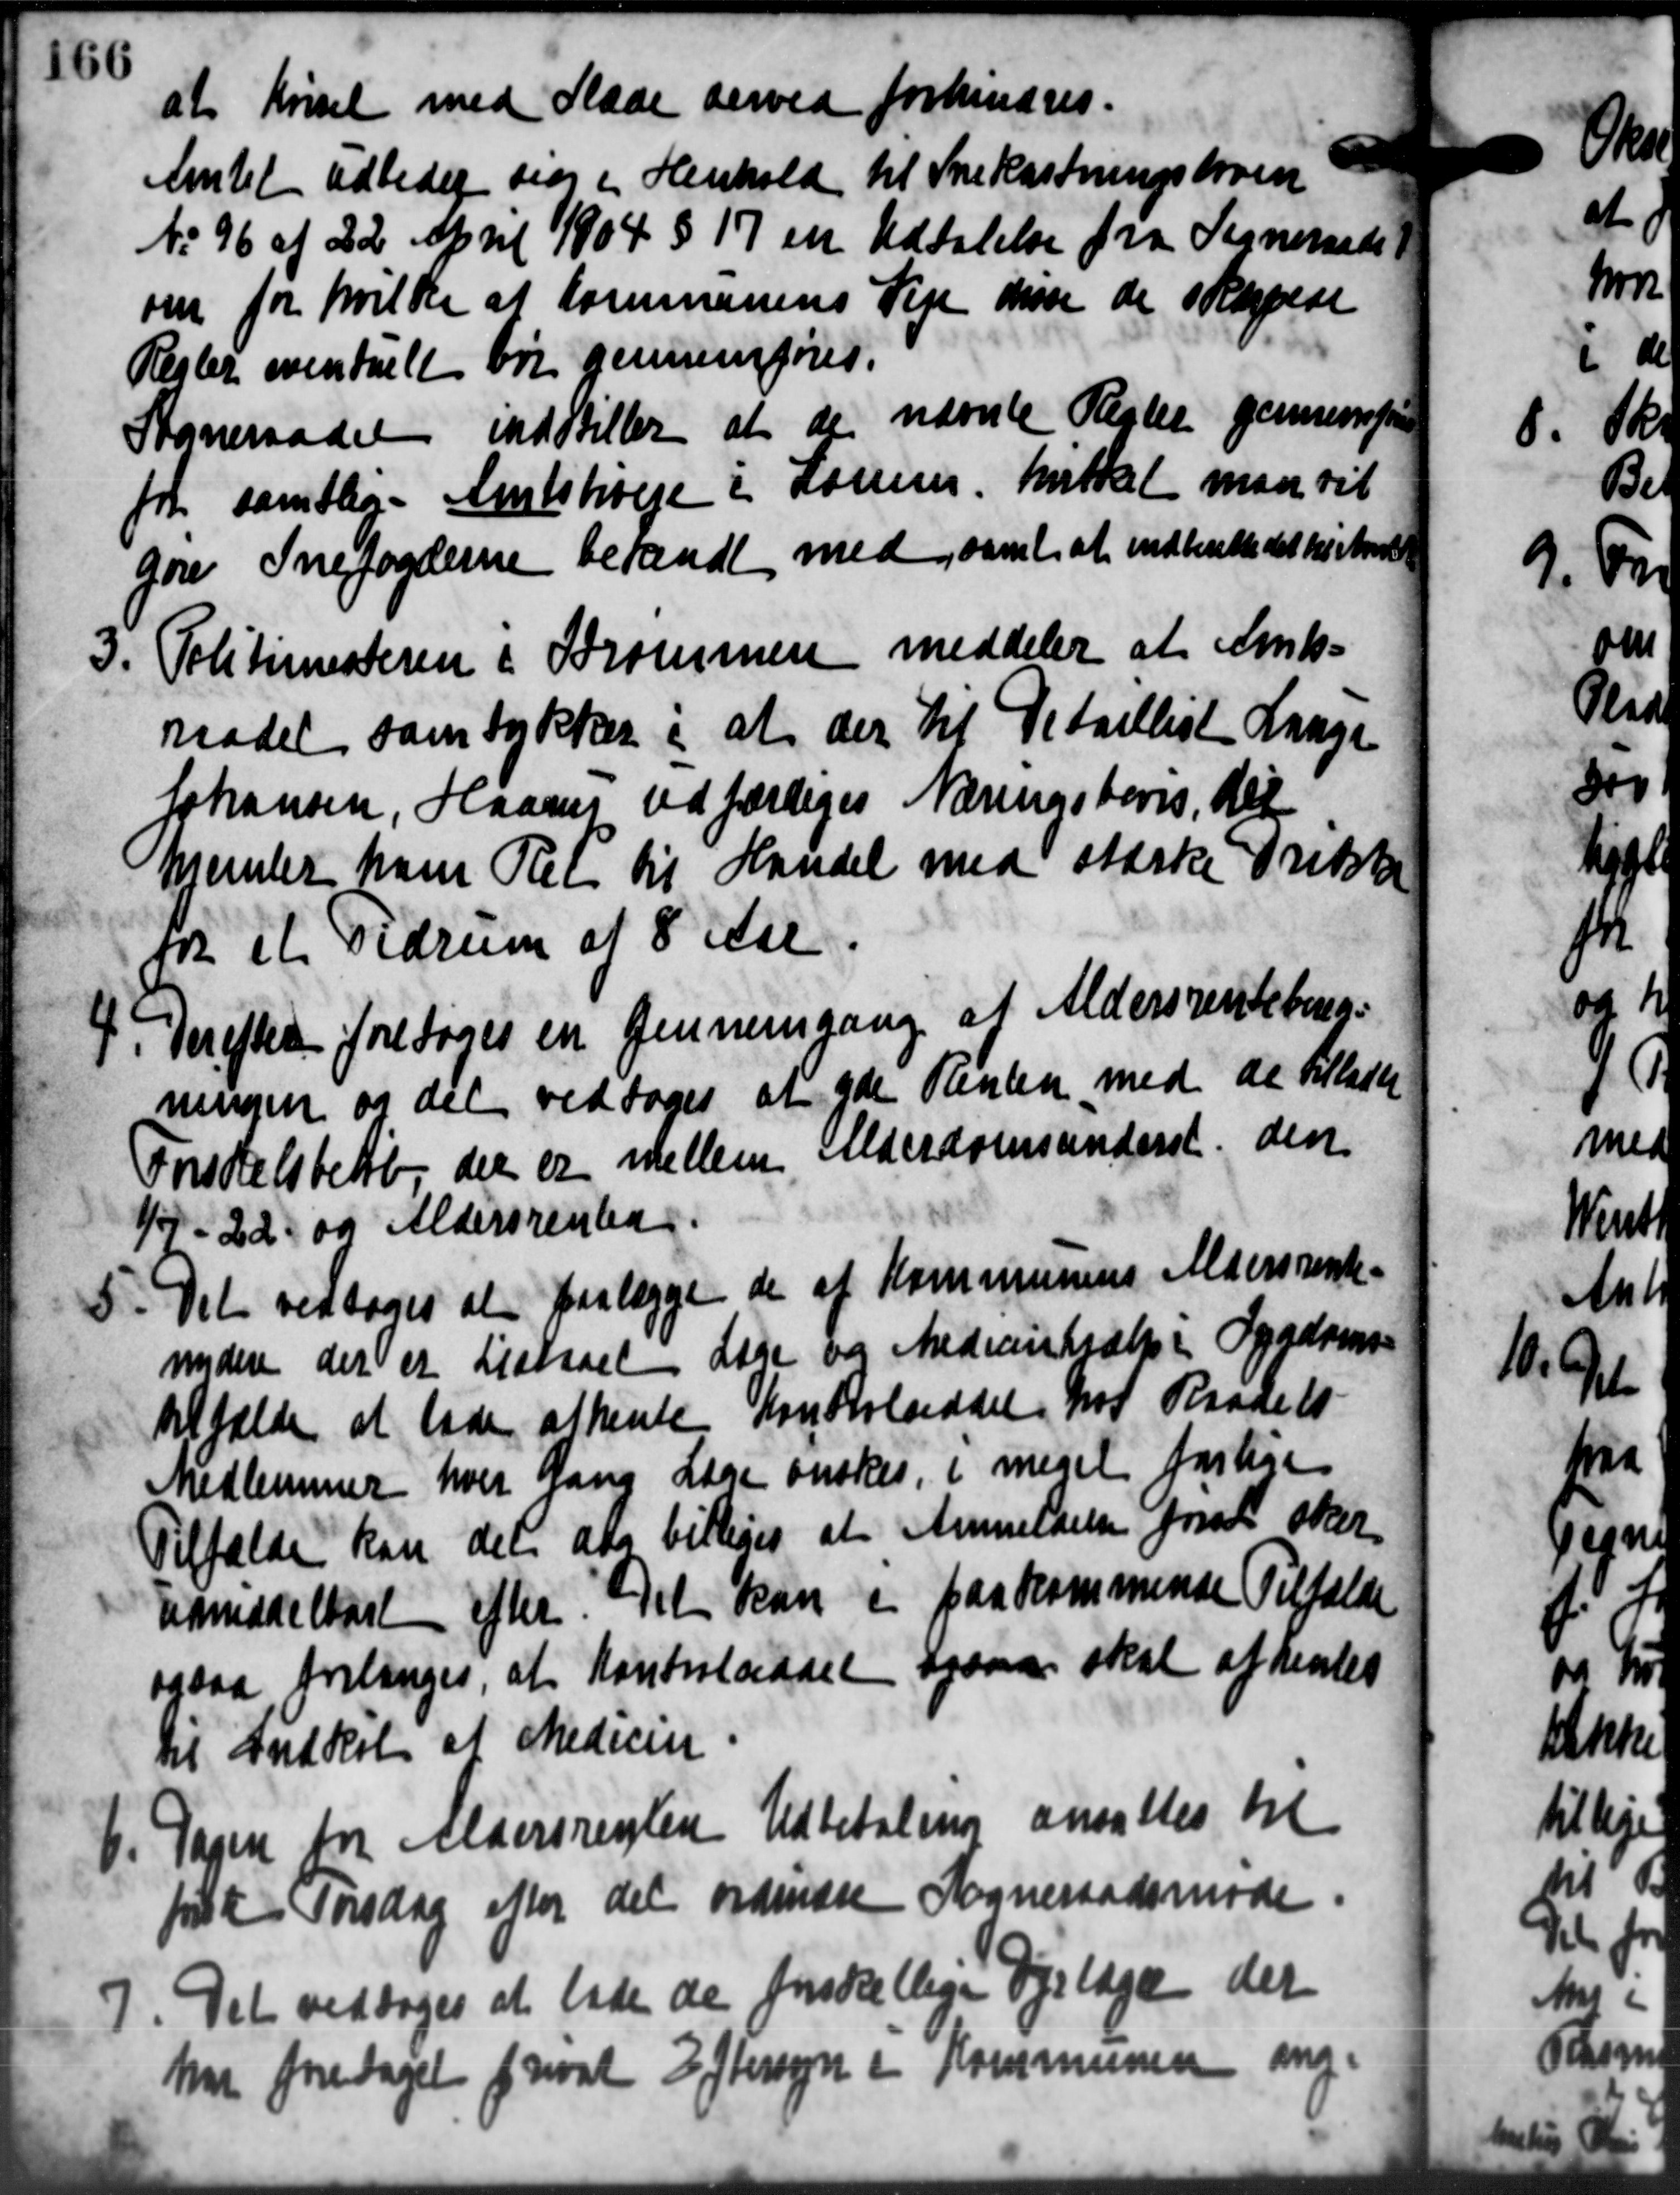
Transskription:
at kørsel med Slæde derved forhindres.
til Snekastningsloven
Amtet udbeder sig i Henhold
No 96 af 22 April 1904 § 17 en
Udtalelse fra Sogneraadet
om for hvilke af Kommunens Leje disse de skarpede
Regler oventuelt bør gennemføres.
Sogneraadet indstiller at de nævnte Rester gennemfør
for samtlige Amtsbiveje i Komm. hvilket maa vil
gøre Snefogderne besandt med samt at indberette det hestred
3. Politimesteren i Krommen meddeler at Amts-
3. Politimesteren i Krommen meddeler at Amts-
Mødet samtykker i at der til Detaillist Lange
Johansen, Haans udfærdiges Næringsbevis, Hel
hjemler hans Ret til Handel med stærke Drikk
for et Tidrum af 8 Aar
4. Derefter foretoges en gennemgange at Aldersrentebe-
4. Derefter foretoges en gennemgange at Aldersrentebe-
ningen og det vedtoges at yde Renten med de tillader
Inselsbetb, der er mellem Alderdomsunderst den
1/5 - 22 og Aldersrenten
5. Det vedtoges at forlægge de af Kommunens Aldersrente-
5. Det vedtoges at forlægge de af Kommunens Aldersrente-
nydere der er Listaaet Læge og Medicinhjælp i Sygdoms-
Affælde at lade afhente Kontrolseddel fot. Raagels
Medlemmer hver Gang Læge ønskes, i meget forlige
Tilfælde kan det at billiges at Anmeldelse fra sker
hameddelbart efter. Det kan i paa kommende Tilfælde
oasaa brilinges, at Kontrolsaaet ogsaa skal afhentes
til Indkøb af Medicin.
6. Dagen for Aldersrenten Udbetaling ansattes til
6. Dagen for Aldersrenten Udbetaling ansattes til
fat Torsdag efter det ordinære Sogneraadsmøde
7. Det vedtoges at lade de forskellige Dyrlæge der
7. Det vedtoges at lade de forskellige Dyrlæge der
har foretaget frivat Eftersyn i Kommunen ang.